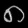
Digit: ၈